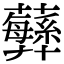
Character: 𧄫